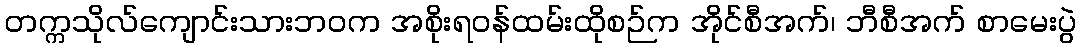
တက္ကသိုလ်ကျောင်းသားဘဝက အစိုးရဝန်ထမ်းထိုစဉ်က အိုင်စီအက်၊ ဘီစီအက် စာမေးပွဲ